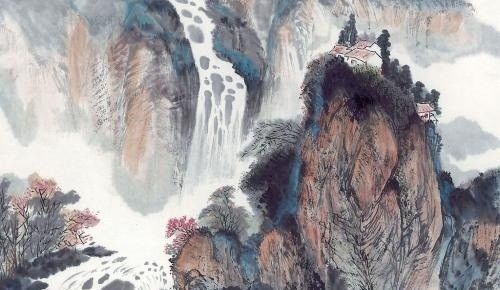
终罢斯结庐，慕陶直可庶。